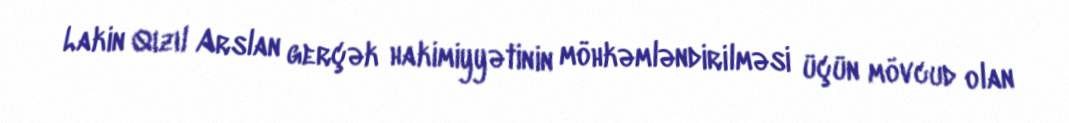
Lakin Qızıl Arslan gerçək hakimiyyətinin möhkəmləndirilməsi üçün mövcud olan